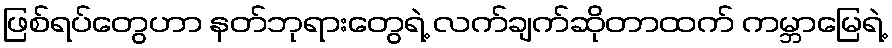
ဖြစ်ရပ်တွေဟာ နတ်ဘုရားတွေရဲ့ လက်ချက်ဆိုတာထက် ကမ္ဘာမြေရဲ့